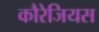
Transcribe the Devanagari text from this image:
कौरेजियस